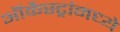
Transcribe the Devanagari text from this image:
ऑर्केस्ट्रांमध्ये